Report of the Indian Hemp Drugs Commission, 1894-1895 - Volume I
Year: 1894
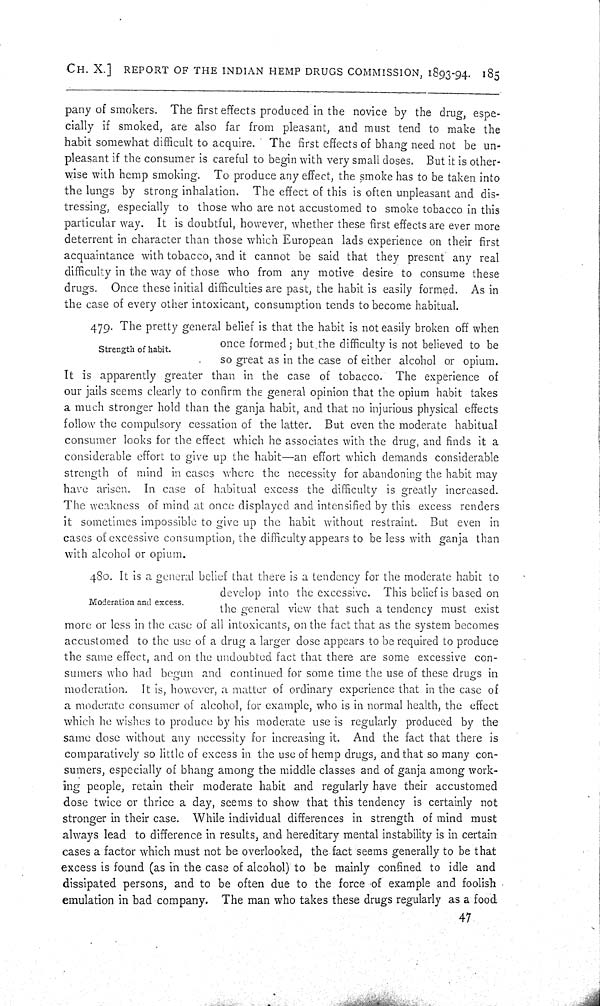
CH. X.] REPORT OF THE INDIAN HEMP DRUGS COMMISSION, 1893-94. 185
pany of smokers. The first effects produced in the novice by the drug, espe-
cially if smoked, are also far from pleasant, and must tend to make the
habit somewhat difficult to acquire. The first effects of bhang need not be un-
pleasant if the consumer is careful to begin with very smal l doses. But it is other-
wise with hemp smoking. To produce any effect, the smoke has to be taken into
the lungs by strong inhalation. The effect of this is often unpleasant and dis-
tressing, especially to those who are not accustomed to smoke tobacco in this
particular way. It is doubtful, however, whether these first effects are ever more
deterrent in character than those which European lads experience on their first
acquaintance with tobacco, and it cannot be said that they present any real
difficulty in the way of those who from any motive desire to consume these
drugs. Once these initial difficulties are past, the habit is easily formed. As in
the case of every other intoxicant, consumption tends to become habitual.
Strength of habit.
479. The pretty general belief is that the habit is not easily broken off when
once formed; but the difficulty is not believed to be
so great as in the case of either alcohol or opium.
It is apparently greater than in the case of tobacco. The experience of
our jails seems clearly to confirm the general opinion that the opium habit takes
a much stronger hold than the ganja habit, and that no injurious physical effects
follow the compulsory cessation of the latter. But even the moderate habitual
consumer looks for the effect which he associates with the drug, and finds it a
considerable effort to give up the habit—an effort which demands considerable
strength of mind in cases where the necessity for abandoning the habit may
have arisen. In case of habitual excess the difficulty is greatly increased.
The weakness of mind at once displayed and intensified by this excess renders
it sometimes impossible to give up the habit without restraint. But even in
cases of excessive consumption, the difficulty appears to be less with ganja than
with alcohol or opium.
Moderation and excess.
480. It is a general belief that there is a tendency for the moderate habit to
develop into the excessive. This belief is based on
the general view that such a tendency must exist
more or less in the case of all intoxicants, on the fact that as the system becomes
accustomed to the use of a drug a larger dose appears to be required to produce
the same effect, and on the undoubted fact that there are some excessive con-
sumers who had begun and continued for some time the use of these drugs in
moderation. It is, however, a matter of ordinary experience that in the case of
a moderate consumer of alcohol, for example, who is in normal health, the effect
which he wishes to produce by his moderate use is regularly produced by the
same dose without any necessity for increasing it. And the fact that there is
comparatively so little of excess in the use of hemp drugs, and that so many con-
sumers, especially of bhang among the middle classes and of ganja among work-
ing people, retain their moderate habit and regularly have their accustomed
dose twice or thrice a day, seems to show that this tendency is certainly not
stronger in their case. While individual differences in strength of mind must
always lead to difference in results, and hereditary mental instability is in certain
cases a factor which must not be overlooked, the fact seems generally to be that
excess is found (as in the case of alcohol) to be mainly confined to idle and
dissipated persons, and to be often due to the force of example and foolish
emulation in bad company. The man who takes these drugs regularly as a food
47